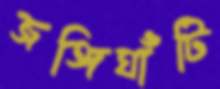
জঙ্গিঘাঁটি